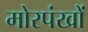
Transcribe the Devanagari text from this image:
मोरपंखों